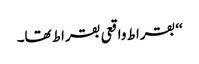
‘‘ بقراط واقعی بقراط تھا۔